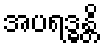
အပရဒ္ဓန္တိ